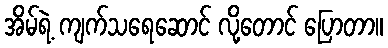
အိမ်ရဲ့ ကျက်သရေဆောင် လို့တောင် ပြောတာ။